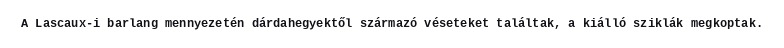
A Lascaux-i barlang mennyezetén dárdahegyektől származó véseteket találtak, a kiálló sziklák megkoptak.